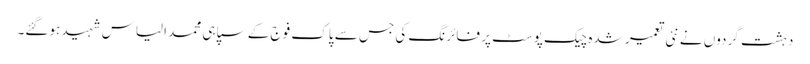
دہشت گردوں نے نئی تعمیر شدہ چیک پوسٹ پر فائرنگ کی جس سے پاک فوج کے سپاہی محمد الیاس شہید ہوگئے۔